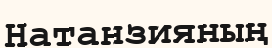
Натанзияның